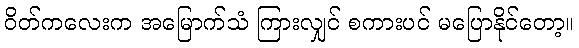
ဝိတ်ကလေးက အမြောက်သံ ကြားလျှင် စကားပင် မပြောနိုင်တော့။